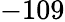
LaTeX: -109